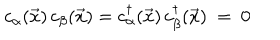
LaTeX: c _ { \alpha } ( { \vec { x } } ) \, c _ { \beta } ( { \vec { x } } ) = c _ { \alpha } ^ { \dagger } ( { \vec { x } } ) \, c _ { \beta } ^ { \dagger } ( { \vec { x } } ) ~ = ~ 0